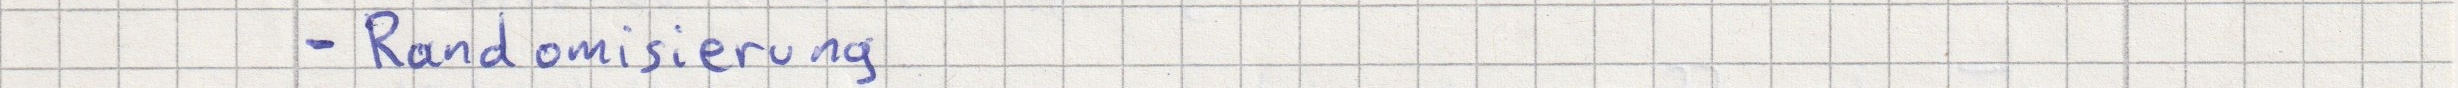
- Randomisierung